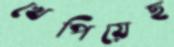
খেপিয়েছ